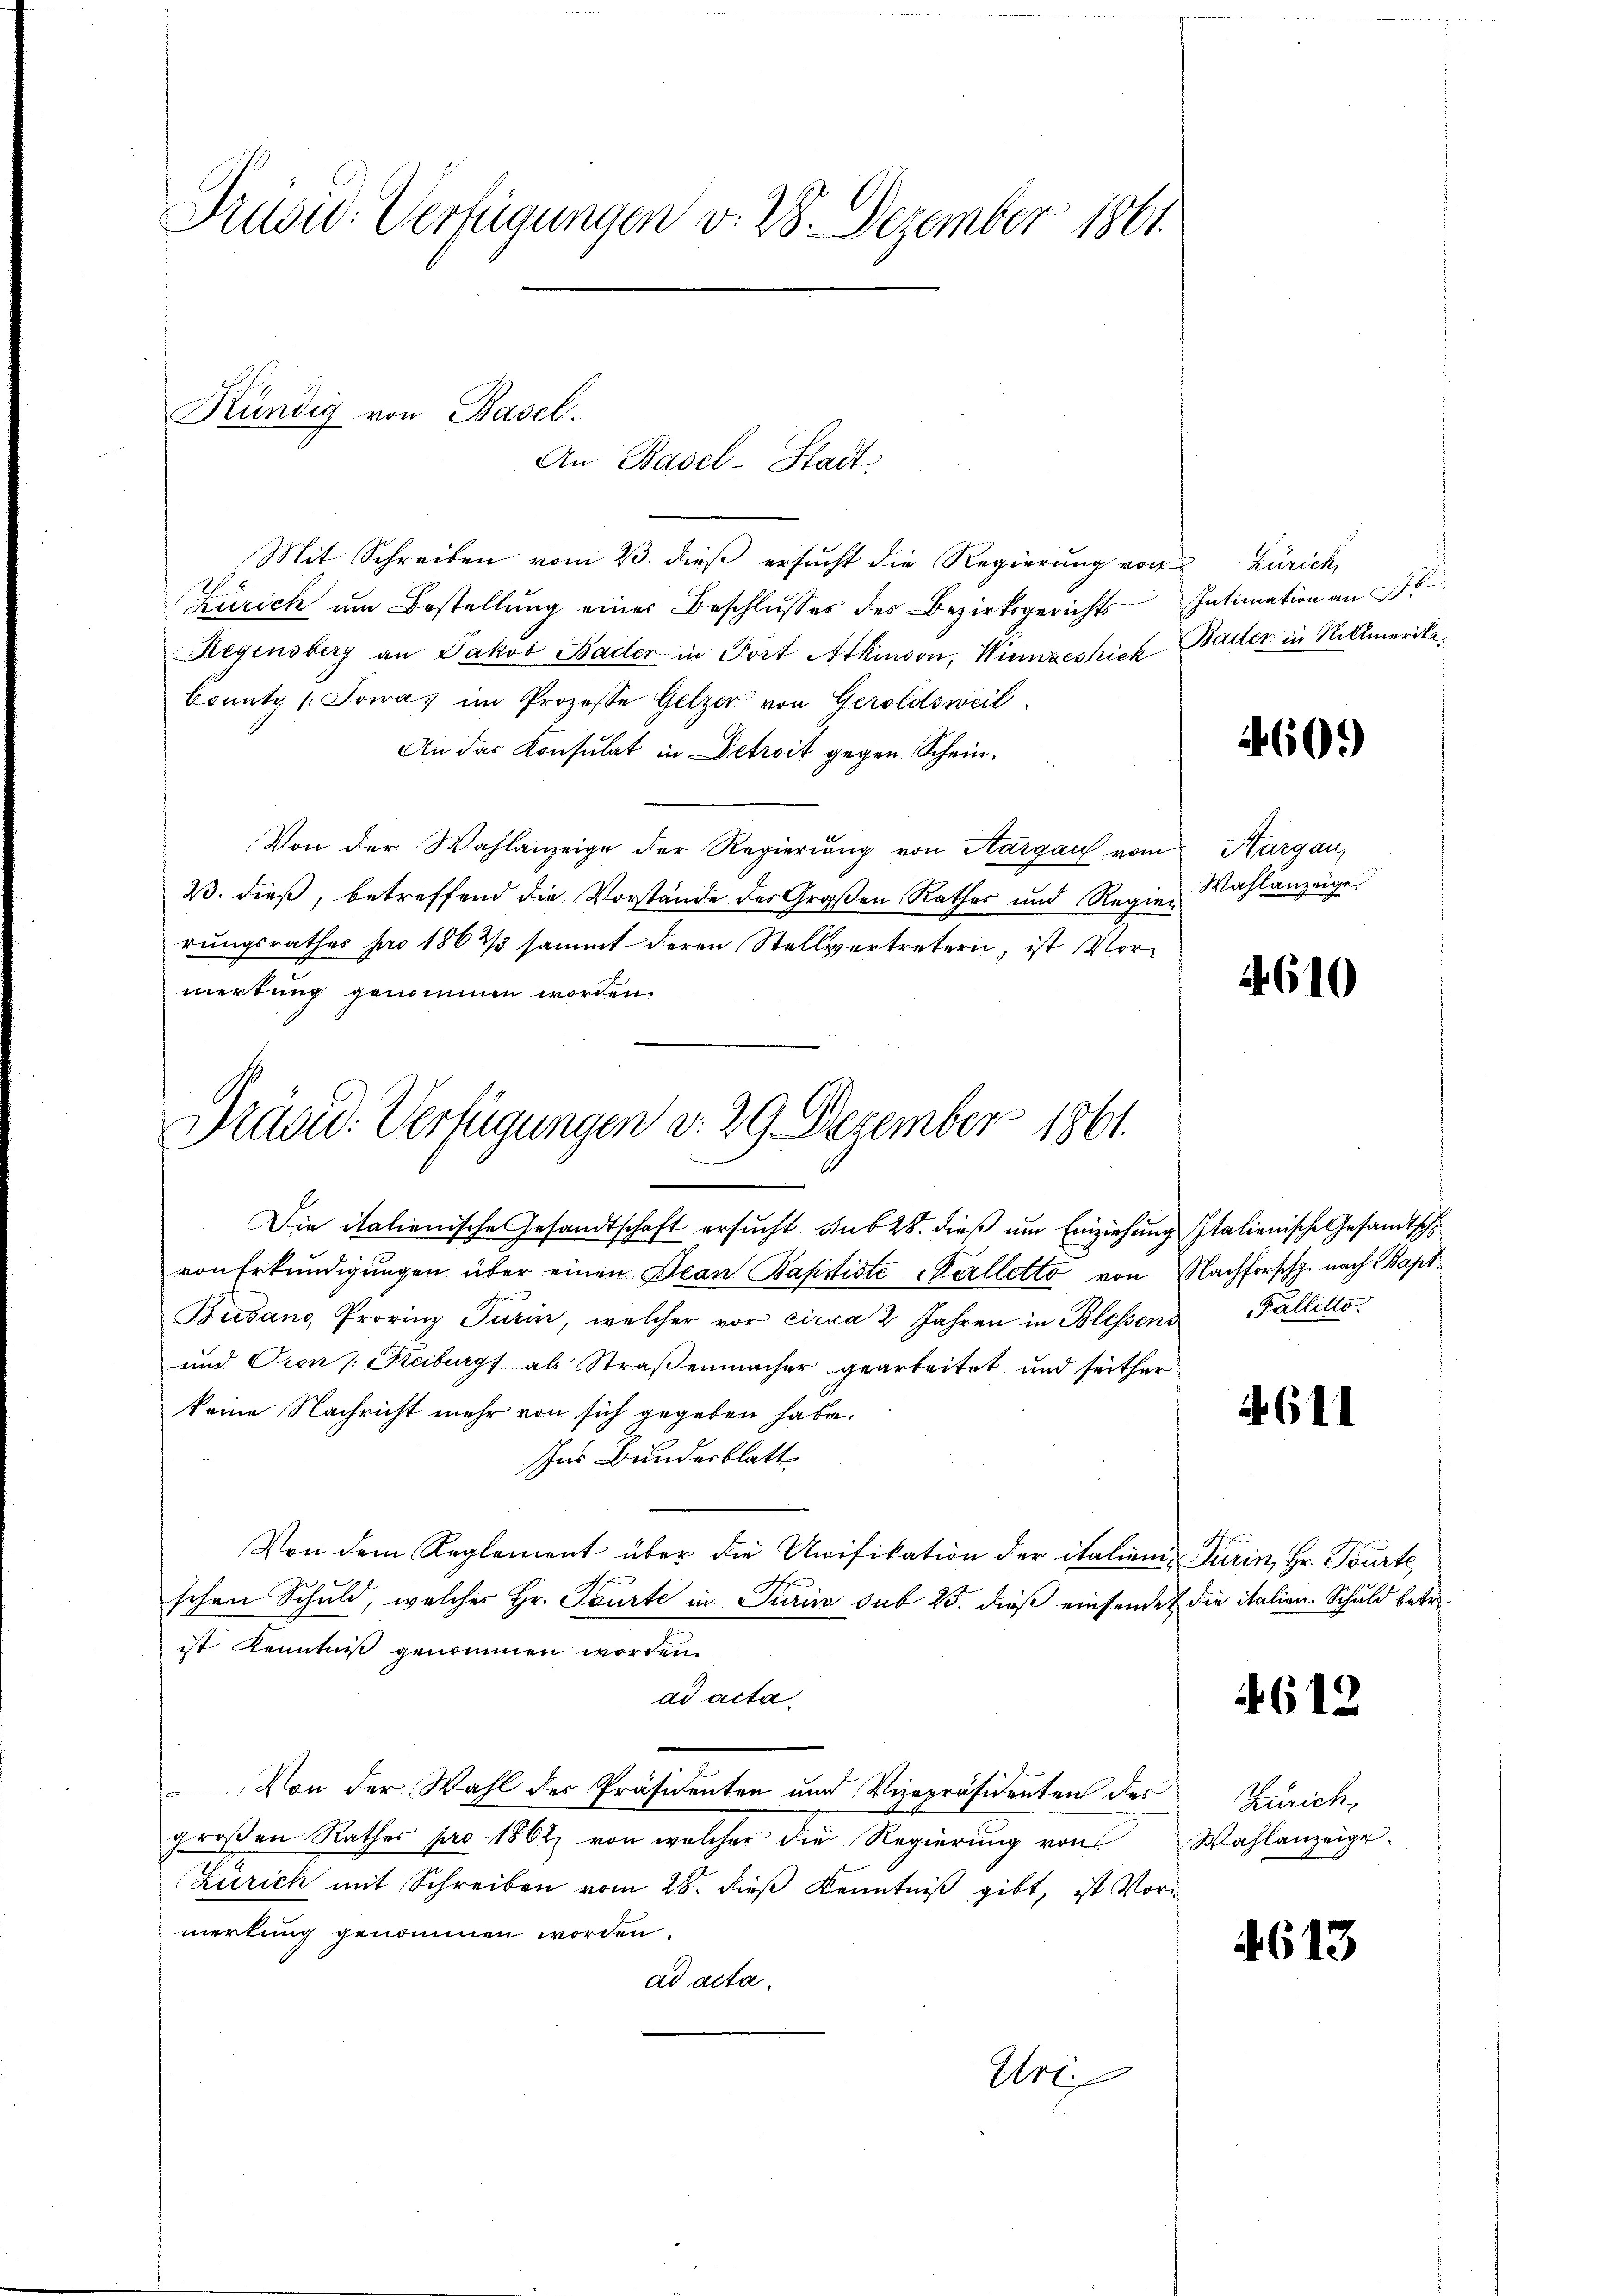
Prusid. Verfügungen v. 28. Dezember 1861.

Kündig von Basel.
An Basel-Stadt

Mit Schreiben vom 23. dieß ersucht die Regierung vor
Zürich um Bestellung einer Beschlusses des Bezirksgerichts
Regensberg an Jakob Bader in Port Atkinson, Winzessich Bader in Rittmerikabounty /:Jowa, im Prozesse Gelzer von Geroldsweil
An das Konsulat in Detrait gegen Schein¬
Von der Wahlanzeige der Regierung von Aargau vom
23. dieß, betreffend die Vorstände des Großen Rathes und Regier Wahlanzeige
rungsrathes pro 186, 2/3 sammt deren Stellvertretern, ist Vormerkung genommen worden.

Präsid. Verfügungen d. 29. Dezember 1861.

Die italienische Gesandtschaft ersucht und 28. dieß um Einziehung Italienische Gesandtsch
von Erkundigungen über einen Jean Baptiste Palletto von Nachforschp. nach Bapt
Busano, Provinz Turin, welcher vor circa 2 Jahren in Blessens Falletto
und vien (Reiburgs als Straßenmacher gearbeitet, und seither
keine Nachricht mehr von sich gegeben habe.
Ins Bundesblatt
Von dem Reglement über die Unifikation der italien-Turin, Hr. Tourte
schen Schuld, welches Hr. Feurte in Turin sub 25. dieß einsendet die italien. Schuld betr.
ist Kenntniß genommen worden.
ad acta
Von der Wahl der Präsidenten und Vizepräsidenten des
großen Rathes pro 1862 von welcher die Regierung von
Zürich mit Schreiben vom 28. dieß Kenntniß gibt, ist Vormerkung genommen worden.
ad acta.
Uri

Zürich,

460.)

Aargau,

4610

4611

612

Zürich,
Wahlanzeige.

4613

Intimation an